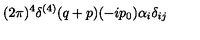
{ \displaystyle ( 2 \pi ) ^ { 4 } \delta ^ { ( 4 ) } ( q + p ) ( - i p _ { 0 } ) \alpha _ { i } \delta _ { i j } }